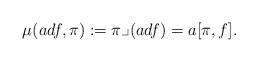
LaTeX: \begin{align*} \mu(a df, \pi):= \pi \lrcorner (a df)= a[\pi,f]. \end{align*}